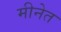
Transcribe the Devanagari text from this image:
मीनेत